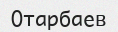
Отарбаев